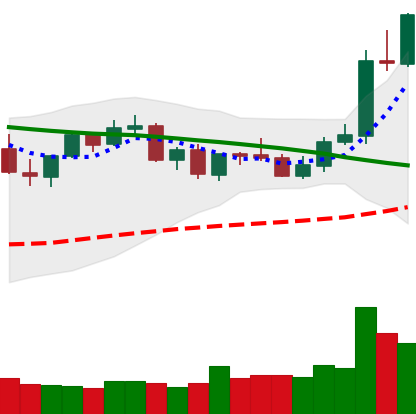
Ticker: LTC-USD
Chart end date: 2021-09-05
Forward return: -24.656%
Label: down_7plus